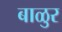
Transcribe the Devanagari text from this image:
बाळुर